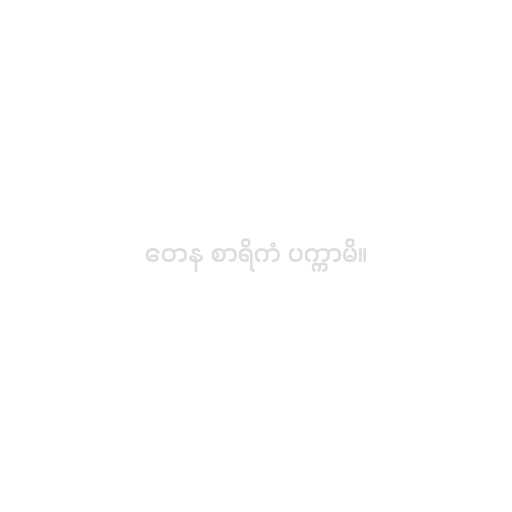
တေန စာရိကံ ပက္ကာမိ။